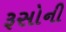
રૂસોની